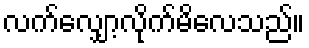
လက်လျှော့လိုက်မိလေသည်။